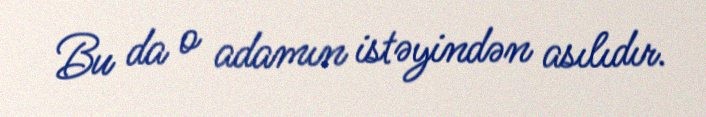
Bu da o adamın istəyindən asılıdır.